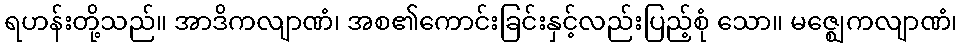
ရဟန်းတို့သည်။ အာဒိကလျာဏံ၊ အစ၏ကောင်းခြင်းနှင့်လည်းပြည့်စုံ သော။ မဇ္ဈေကလျာဏံ၊